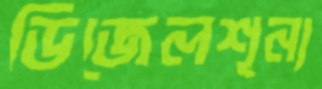
ডিজেলশূন্য